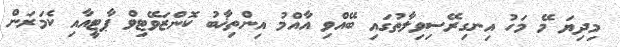
މިދިޔަ މޭ މަހު އިނގިރޭސިވިލާތުގައި ބޭއްވި އާއްމު އިންތިޚާބު ކޮންޒަވޭޓިވް ޕާޓީއާއި ކެމަރަން